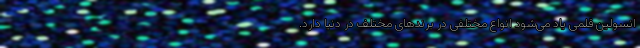
انسولین قلمی یاد می‌شود انواع مختلفی در برندهای مختلف در دنیا دارد.